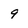
Character: 9